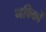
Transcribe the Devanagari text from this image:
नविकों